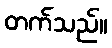
တက်သည်။